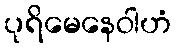
ပုရိမေနေဝါဟံ